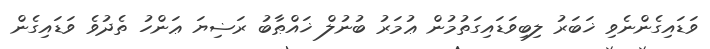
ވަޑައިގެންނެވި ޚަބަރު ލިބިވަޑައިގަތުމުން ޢުމަރު ބުނުލް ޚައްޠާބު ރަޟިޔަ ޢަންހު ތެދުވެ ވަޑައިގެން